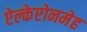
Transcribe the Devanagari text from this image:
ऐल्केप्टोनमेह